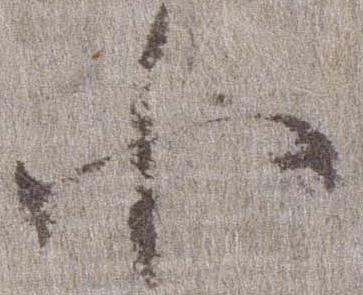
小